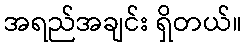
အရည်အချင်း ရှိတယ်။